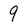
Character: 9